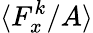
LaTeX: \langle F_{x}^{k}/A\rangle